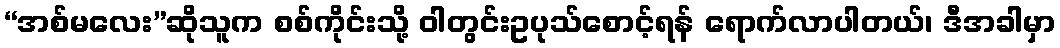
“အစ်မလေး”ဆိုသူက စစ်ကိုင်းသို့ ဝါတွင်းဥပုသ်စောင့်ရန် ရောက်လာပါတယ်၊ ဒီအခါမှာ